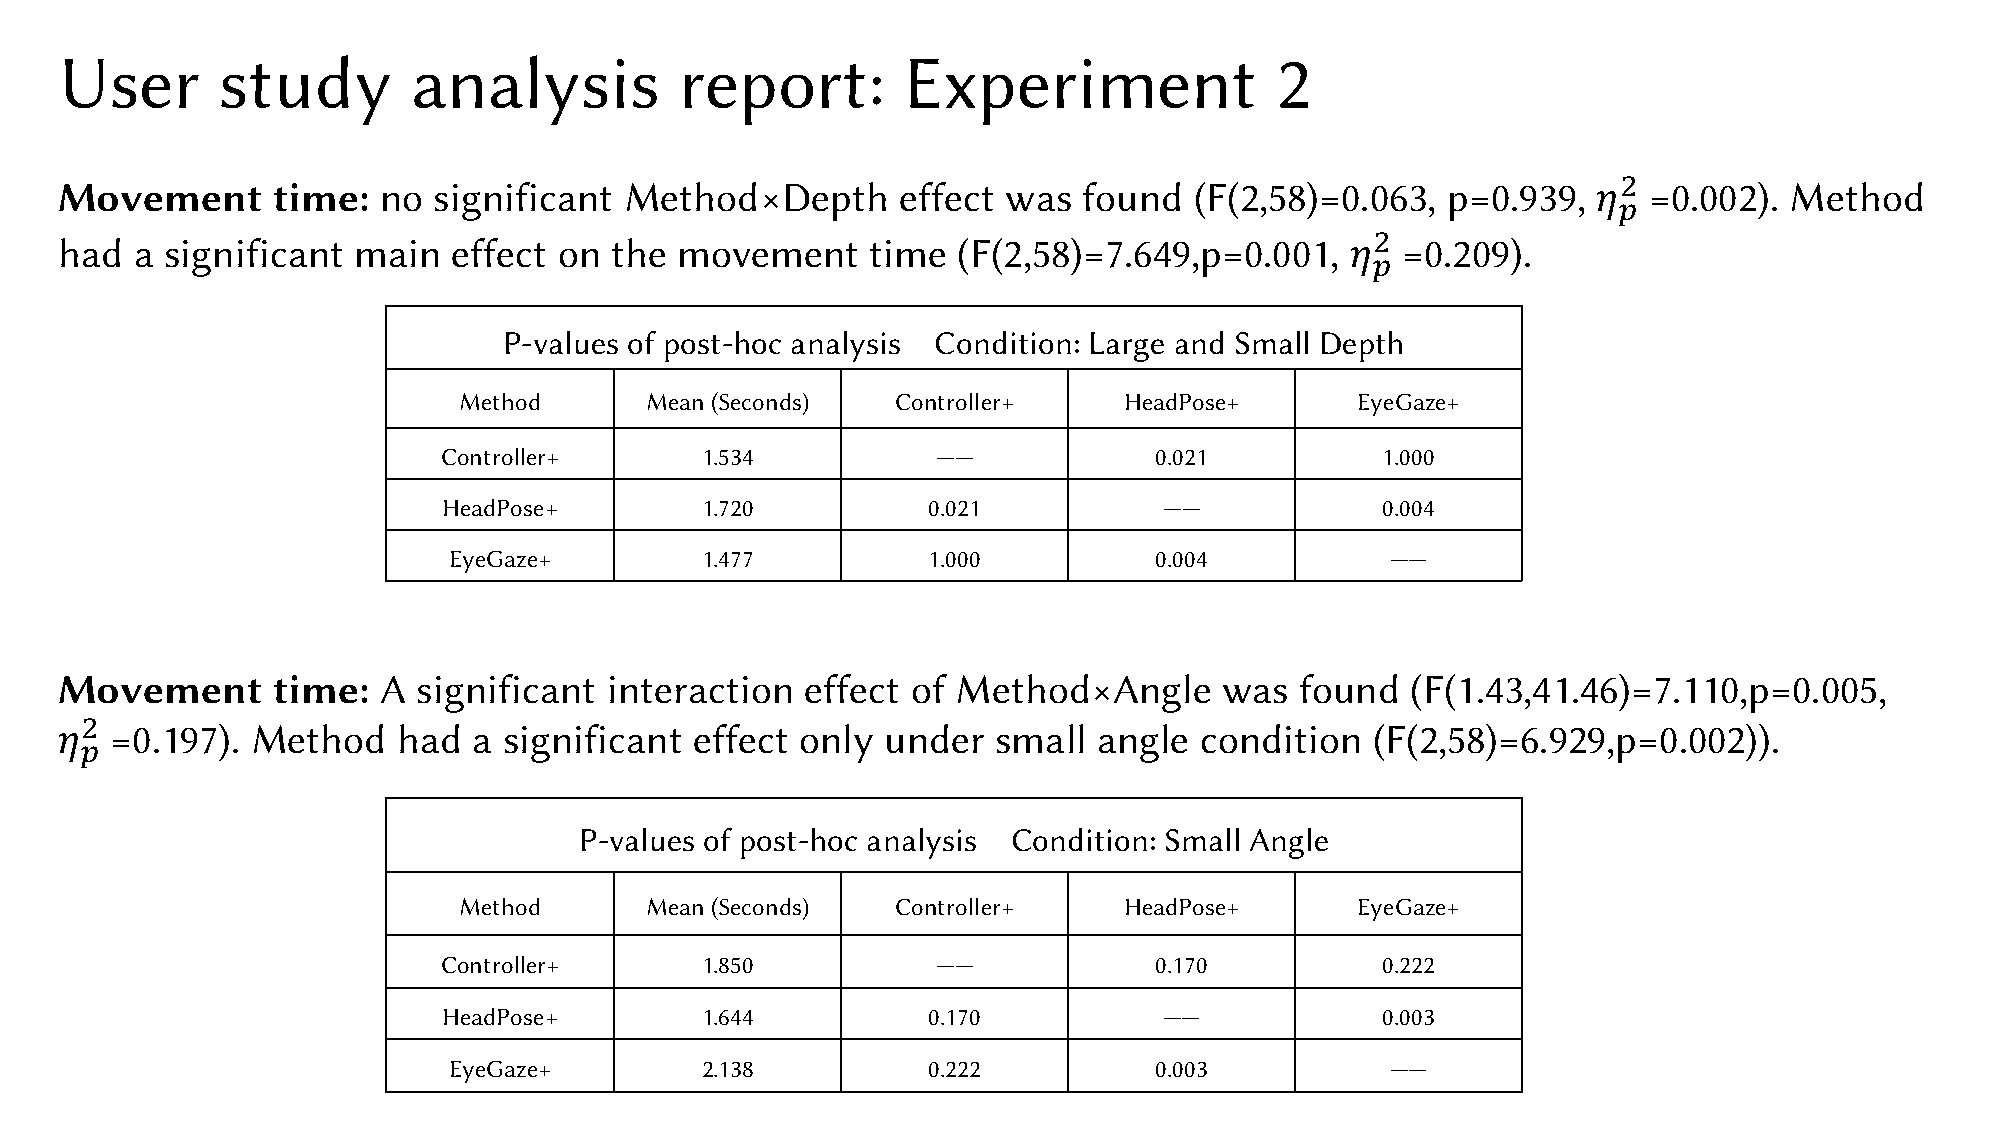
User      study        analysis          report:        Experiment              2
 "
 Movement      time:  no  significant Method×Depth       effect was  found  (F(2,58)=0.063,  p=0.939,  𝜂  =0.002). Method
 !
 "
 had  a significant main   effect on the  movement     time (F(2,58)=7.649,p=0.001,   𝜂   =0.209).
 !
 P-values of post-hoc analysis Condition: Large and Small Depth
 Method       Mean (Seconds)  Controller+    HeadPose+       EyeGaze+
 Controller+      1.534           ——            0.021          1.000
 HeadPose+        1.720          0.021           ——            0.004
 EyeGaze+        1.477          1.000          0.004           ——
 Movement      time:  A  significant interaction  effect of Method×Angle      was  found  (F(1.43,41.46)=7.110,p=0.005,
 "
 𝜂  =0.197).  Method   had  a significant  effect only  under  small  angle condition   (F(2,58)=6.929,p=0.002)).
 !
 P-values of post-hoc analysis Condition: Small Angle
 Method       Mean (Seconds)  Controller+    HeadPose+       EyeGaze+
 Controller+      1.850           ——            0.170          0.222
 HeadPose+        1.644          0.170           ——            0.003
 EyeGaze+        2.138          0.222          0.003           ——